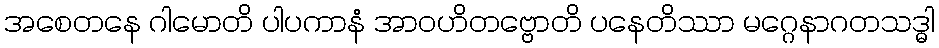
အစေတနေ ဂါမောတိ ပါပကာနံ အာဝဟိတဗ္ဗောတိ ပနေတိဿာ မဂ္ဂေနာဂတသဒ္ဓါ